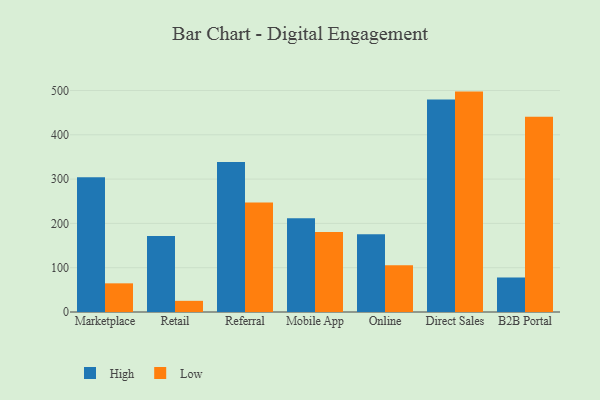
{"axis": {"x": "Channel", "y": "Gross Profit (USD K)"}, "legend": ["High", "Low"], "data": [{"x": "Marketplace", "y": 304.2, "type": "High"}, {"x": "Marketplace", "y": 64.7, "type": "Low"}, {"x": "Retail", "y": 171.3, "type": "High"}, {"x": "Retail", "y": 25.2, "type": "Low"}, {"x": "Referral", "y": 338.6, "type": "High"}, {"x": "Referral", "y": 246.9, "type": "Low"}, {"x": "Mobile App", "y": 211.6, "type": "High"}, {"x": "Mobile App", "y": 180.5, "type": "Low"}, {"x": "Online", "y": 175.5, "type": "High"}, {"x": "Online", "y": 105.8, "type": "Low"}, {"x": "Direct Sales", "y": 479.5, "type": "High"}, {"x": "Direct Sales", "y": 497.5, "type": "Low"}, {"x": "B2B Portal", "y": 77.9, "type": "High"}, {"x": "B2B Portal", "y": 440.8, "type": "Low"}]}